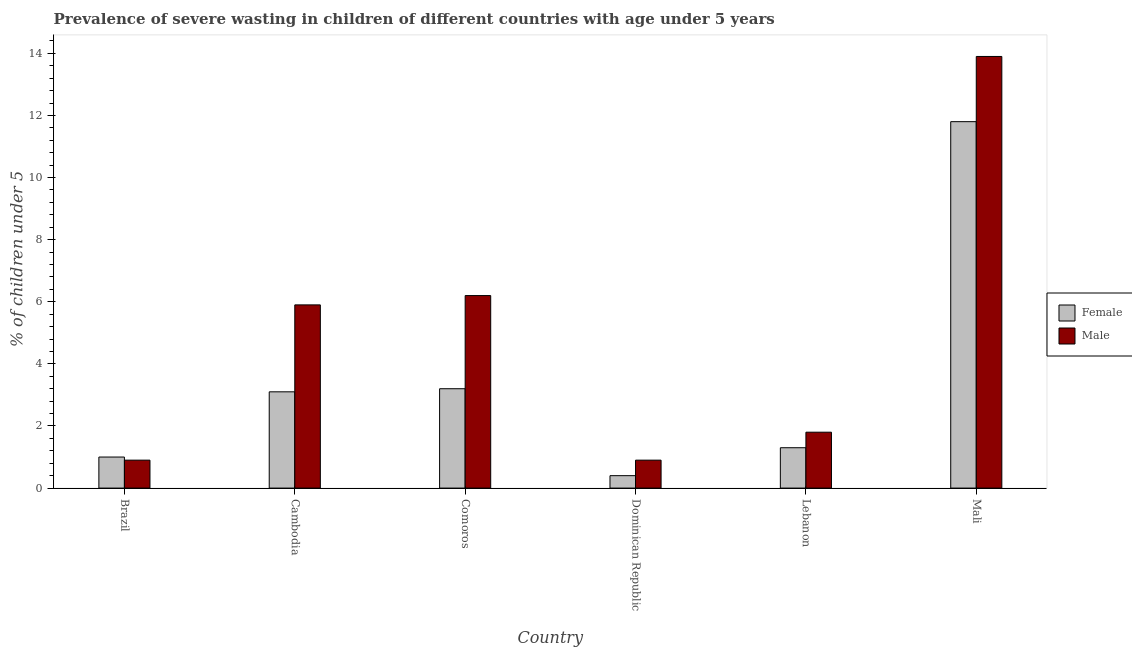
| Country | Female | Male |
 | --- | --- | --- |
 | Brazil | 1 | 0.9 |
 | Cambodia | 3.1 | 5.9 |
 | Comoros | 3.2 | 6.2 |
 | Dominican Republic | 0.4 | 0.9 |
 | Lebanon | 1.3 | 1.8 |
 | Mali | 11.8 | 13.9 |